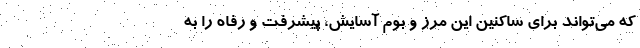
که می‌تواند برای ساکنین این مرز و بوم آسایش، پیشرفت و رفاه را به